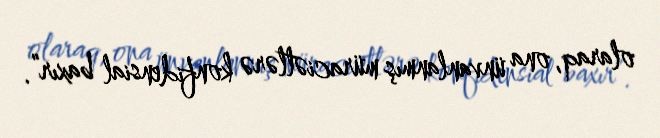
olaraq, ona ünvanlanmış müraciətlərə konfidensial baxır”.